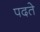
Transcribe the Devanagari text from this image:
पदते